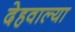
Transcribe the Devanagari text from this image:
देहवाल्या